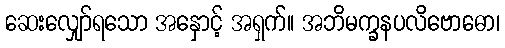
ဆေးလျှော်ရသော အနှောင့် အရှက်။ အဘိမက္ခနပလိဗောဓော၊